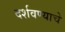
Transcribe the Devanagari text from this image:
दर्शवण्याचे